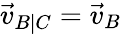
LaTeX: {\vec{v}}_{B|C}={\vec{v}}_{B}